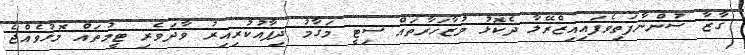
ގާޒާ ސުންނާފަތިވެފައިއިޒްރޭލާ ދެކޮޅު މުޒާހަރާތައް ސިޓީ މަގާމު ދިފާއުކުރިއިރު ވާދަވެރި ޓީމުތައް މޮޅުވެއްޖެ